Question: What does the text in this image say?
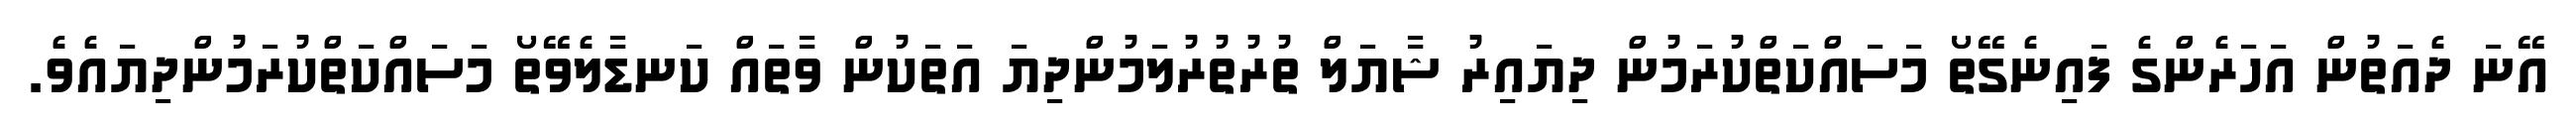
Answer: އޭނަ ދެއަތުން އަހަރެންގެ ފައިނެގޭތޯ މަސައްކަތްކުރަމުން ދިޔައިރު ޝާޔަލް ތުރުތުރުލަމުންދިޔަ އަތަކުން ވާތައް ކަނޑާލެވޭތޯ މަސައްކަތްކުރަމުންދިޔައެވެ.